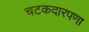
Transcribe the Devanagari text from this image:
चटकदारपणा